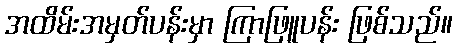
အထိမ်းအမှတ်ပန်းမှာ ကြာဖြူပန်း ဖြစ်သည်။